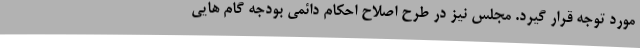
مورد توجه قرار گیرد. مجلس نیز در طرح اصلاح احکام دائمی بودجه گام هایی